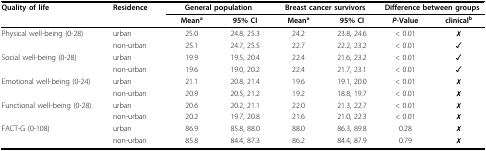
<table><thead><tr><td colspan="2"><b>Quality of life</b></td><td><b>Residence</b></td><td colspan="2"><b>General population</b></td><td colspan="2"><b>Breast cancer survivors</b></td><td colspan="2"><b>Difference between groups</b></td></tr><tr><td colspan="2"></td><td></td><td><b>Mean<sup>a</sup></b></td><td><b>95% CI</b></td><td><b>Mean<sup>a</sup></b></td><td><b>95% CI</b></td><td><b><i>P</i>-Value</b></td><td><b>clinical<sup>b</sup></b></td></tr></thead><tbody><tr><td colspan="2">Physical well-being (0-28)</td><td>urban</td><td>25.0</td><td>24.8, 25.3</td><td>24.2</td><td>23.8, 24.6</td><td>&lt; 0.01</td><td>✗</td></tr><tr><td colspan="2"></td><td>non-urban</td><td>25.1</td><td>24.7, 25.5</td><td>22.7</td><td>22.2, 23.2</td><td>&lt; 0.01</td><td>✓</td></tr><tr><td colspan="2">Social well-being (0-28)</td><td>urban</td><td>19.9</td><td>19.5, 20.4</td><td>22.4</td><td>21.6, 23.2</td><td>&lt; 0.01</td><td>✓</td></tr><tr><td colspan="2"></td><td>non-urban</td><td>19.6</td><td>19.0, 20.2</td><td>22.4</td><td>21.7, 23.1</td><td>&lt; 0.01</td><td>✓</td></tr><tr><td colspan="2">Emotional well-being (0-24)</td><td>urban</td><td>21.1</td><td>20.8, 21.4</td><td>19.6</td><td>19.1, 20.0</td><td>&lt; 0.01</td><td>✗</td></tr><tr><td colspan="2"></td><td>non-urban</td><td>20.9</td><td>20.5, 21.2</td><td>19.2</td><td>18.8, 19.7</td><td>&lt; 0.01</td><td>✗</td></tr><tr><td colspan="2">Functional well-being (0-28)</td><td>urban</td><td>20.6</td><td>20.2, 21.1</td><td>22.0</td><td>21.3, 22.7</td><td>&lt; 0.01</td><td>✗</td></tr><tr><td colspan="2"></td><td>non-urban</td><td>20.2</td><td>19.7, 20.8</td><td>21.6</td><td>21.0, 22.3</td><td>&lt; 0.01</td><td>✗</td></tr><tr><td colspan="2">FACT-G (0-108)</td><td>urban</td><td>86.9</td><td>85.8, 88.0</td><td>88.0</td><td>86.3, 89.8</td><td>0.28</td><td>✗</td></tr><tr><td colspan="2"></td><td>non-urban</td><td>85.8</td><td>84.4, 87.3</td><td>86.2</td><td>84.4, 87.9</td><td>0.79</td><td>✗</td></tr></tbody></table>